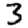
Digit: 3